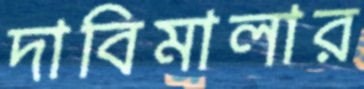
দাবিমালার